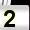
Digit: 2